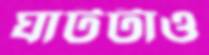
ঘাটটাও